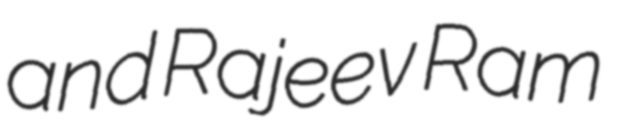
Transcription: and Rajeev Ram